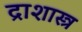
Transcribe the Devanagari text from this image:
द्राशास्त्र